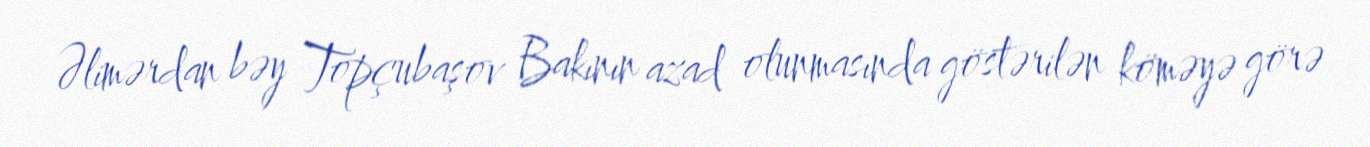
Əlimərdan bəy Topçubaşov Bakının azad olunmasında göstərilən köməyə görə